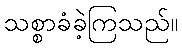
သစ္စာခံခဲ့ကြသည်။